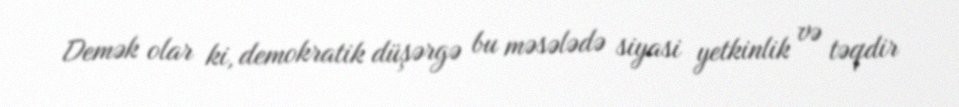
Demək olar ki, demokratik düşərgə bu məsələdə siyasi yetkinlik və təqdir